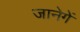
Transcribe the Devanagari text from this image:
जानेगें